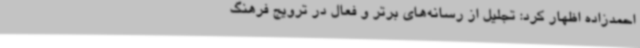
احمدزاده اظهار کرد: تجلیل از رسانه‌های برتر و فعال در ترویج فرهنگ